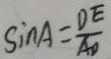
\sin A = \frac { D E } { A D }